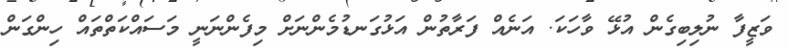
ވަޒީފާ ނުލިބިގެން އުޅޭ ވާހަކަ. އަނެއް ފަރާތުން އަޅުގަނޑުމެންނަށް މިފެންނަނީ މަސައްކަތްތައް ހިންގަން